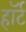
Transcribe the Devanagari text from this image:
हाॅर्ट